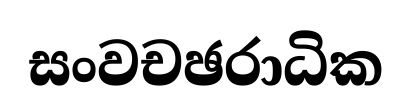
සංවචඡරාධික